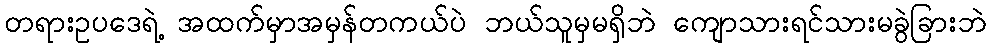
တရားဥပဒေရဲ့ အထက်မှာအမှန်တကယ်ပဲ ဘယ်သူမှမရှိဘဲ ကျောသားရင်သားမခွဲခြားဘဲ